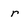
Character: r